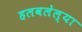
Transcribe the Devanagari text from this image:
हलवलेल्या